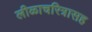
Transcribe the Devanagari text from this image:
लीळाचरित्रासह